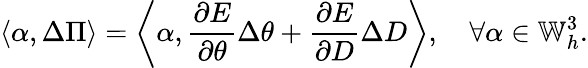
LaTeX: \left\langle\alpha,\Delta\Pi\right\rangle=\left\langle\alpha,\frac{\partial E}{\partial\theta}\Delta\theta+\frac{\partial E}{\partial D}\Delta D\right\rangle,\quad\forall\alpha\in\mathbb{W}_{h}^{3}.